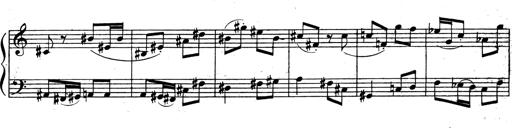
Title: 3 Sonatinas for Piano
Composer: Vissarion Shebalin